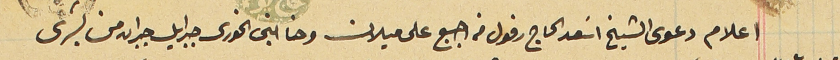
اعلام دعوى الشيخ اسَعد الحاج رفول من اجبع على ميلان وحنا ابنى الخورى جبرايل جبران من بشرى